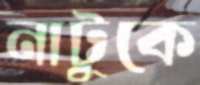
নাটুকে